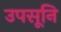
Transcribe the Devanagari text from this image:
उपसूनि